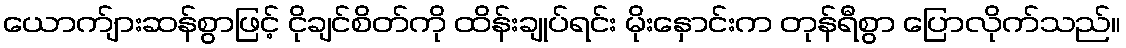
ယောက်ျားဆန်စွာဖြင့် ငိုချင်စိတ်ကို ထိန်းချုပ်ရင်း မိုးနှောင်းက တုန်ရီစွာ ပြောလိုက်သည်။